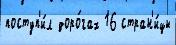
поступ'и́л доро́гах 16 стран'и́цы